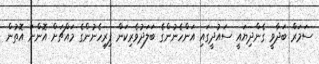
ސަމަރް ބަދާވީ ގެންދިޔައީ ސައުދީގައި އަންހެނުންގެ ބަލަދުވެރިކަން ފިރިހެނުންގެ މައްޗަށް އޮންނަ އޮތުން